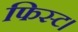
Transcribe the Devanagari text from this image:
फिस्ट।